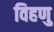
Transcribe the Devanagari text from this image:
विहणु